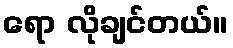
ရော လိုချင်တယ်။